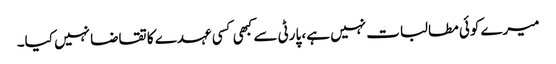
میرے کوئی مطالبات نہیں ہے، پارٹی سے کبھی کسی عہدے کا تقاضا نہیں کیا۔